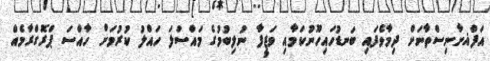
އަފްޣށާނިސްތާނަށް ދިމާވެފައި ބަނޑުހައިހޫނުކަމާއި ވަޒީފާ ނުލިބުމުގެ މައްސަލަ ހައްލު ކުރުމަށް ހާއްސަ ޕްރޮގްރާމެއް